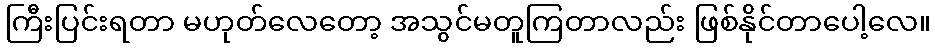
ကြီးပြင်းရတာ မဟုတ်လေတော့ အသွင်မတူကြတာလည်း ဖြစ်နိုင်တာပေါ့လေ။